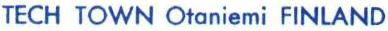
TECH TOWN Otaniemi FINLAND